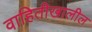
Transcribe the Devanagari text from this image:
वाहितीखालील